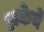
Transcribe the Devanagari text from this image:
हाकेने